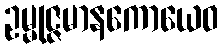
ဥမ္မုဇ္ဇမာနကောယေဝ